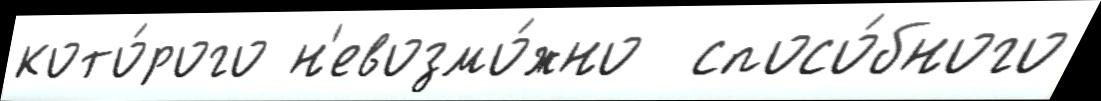
кото́рого н'евозмо́жно  спосо́бного